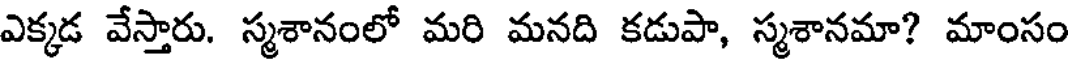
ఎక్కడ వేస్తారు. స్మశానంలో మరి మనది కడుపా, స్మశానమా? మాంసం